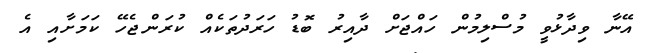
އޭނާ ވިދާޅުވީ މުސްލިމުން ހައްޖަށް ދާއިރު ބޮޑު ހަރަދުތަކެއް ކުރަންޖެހޭ ކަމަށާއި އެ